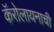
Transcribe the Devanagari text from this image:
कॅरोलायनाची